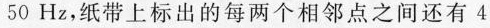
50Hz，纸带上标出的每两个相邻点之间还有4